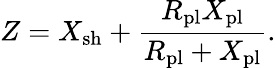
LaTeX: Z=X_{\mathrm{sh}}+\frac{R_{\mathrm{pl}}X_{\mathrm{pl}}}{R_{\mathrm{pl}}+X_{\mathrm{pl}}}.